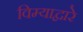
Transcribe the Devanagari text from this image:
विम्याद्वारे